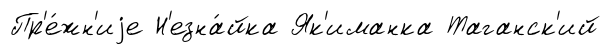
Пр'е́жн'иjе Н'езна́йка Як'иманка Таганск'ий